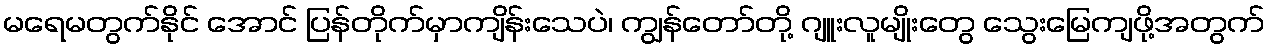
မရေမတွက်နိုင် အောင် ပြန်တိုက်မှာကျိန်းသေပဲ၊ ကျွန်တော်တို့ ဂျူးလူမျိုးတွေ သွေးမြေကျဖို့အတွက်